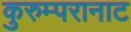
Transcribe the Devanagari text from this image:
कुरुम्परानाट